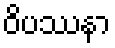
ဝိပဿနာ